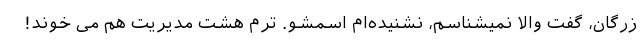
زرگان، گفت والا نمیشناسم، نشنیده‌ام اسمشو. ترم هشت مدیریت هم می خوند!